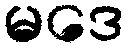
မဒေ